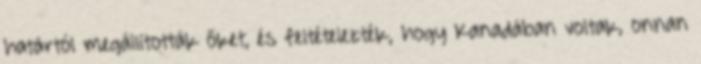
határtól megállították őket, és feltételezték, hogy Kanadában voltak, onnan